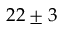
2 2 \pm 3